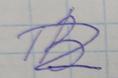
Signature authenticity: forged